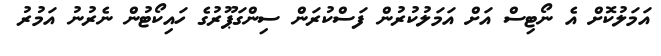
އަމަލުކޮށް އެ ނޯޓިސް އަށް އަމަލުކުރުން ފަސްކުރަން ސިންގަޕޫރުގެ ހައިކޯޓުން ނެރުނު އަމުރު